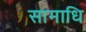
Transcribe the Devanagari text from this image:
सामाधि